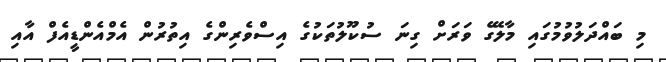
މި ބައްދަލުވުމުގައި މާލޭގެ ވަރަށް ގިނަ ސުކޫލުތަކުގެ އިސްވެރިންގެ އިތުރުން އެމްއެންޑީއެފް އާއި